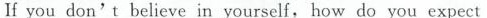
If you don’t believe in yourself, how do you expect